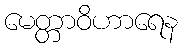
မေတ္တာဝိဟာရေန